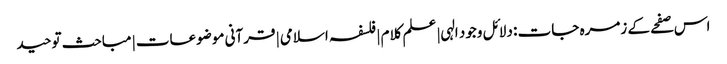
اس صفحے کے زمرہ جات : دلائل وجود الہی | علم کلام | فلسفہ اسلامی | قرآنی موضوعات | مباحث توحید